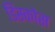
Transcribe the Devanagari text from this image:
डिस्कोस